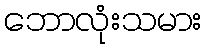
ဘောလုံးသမား